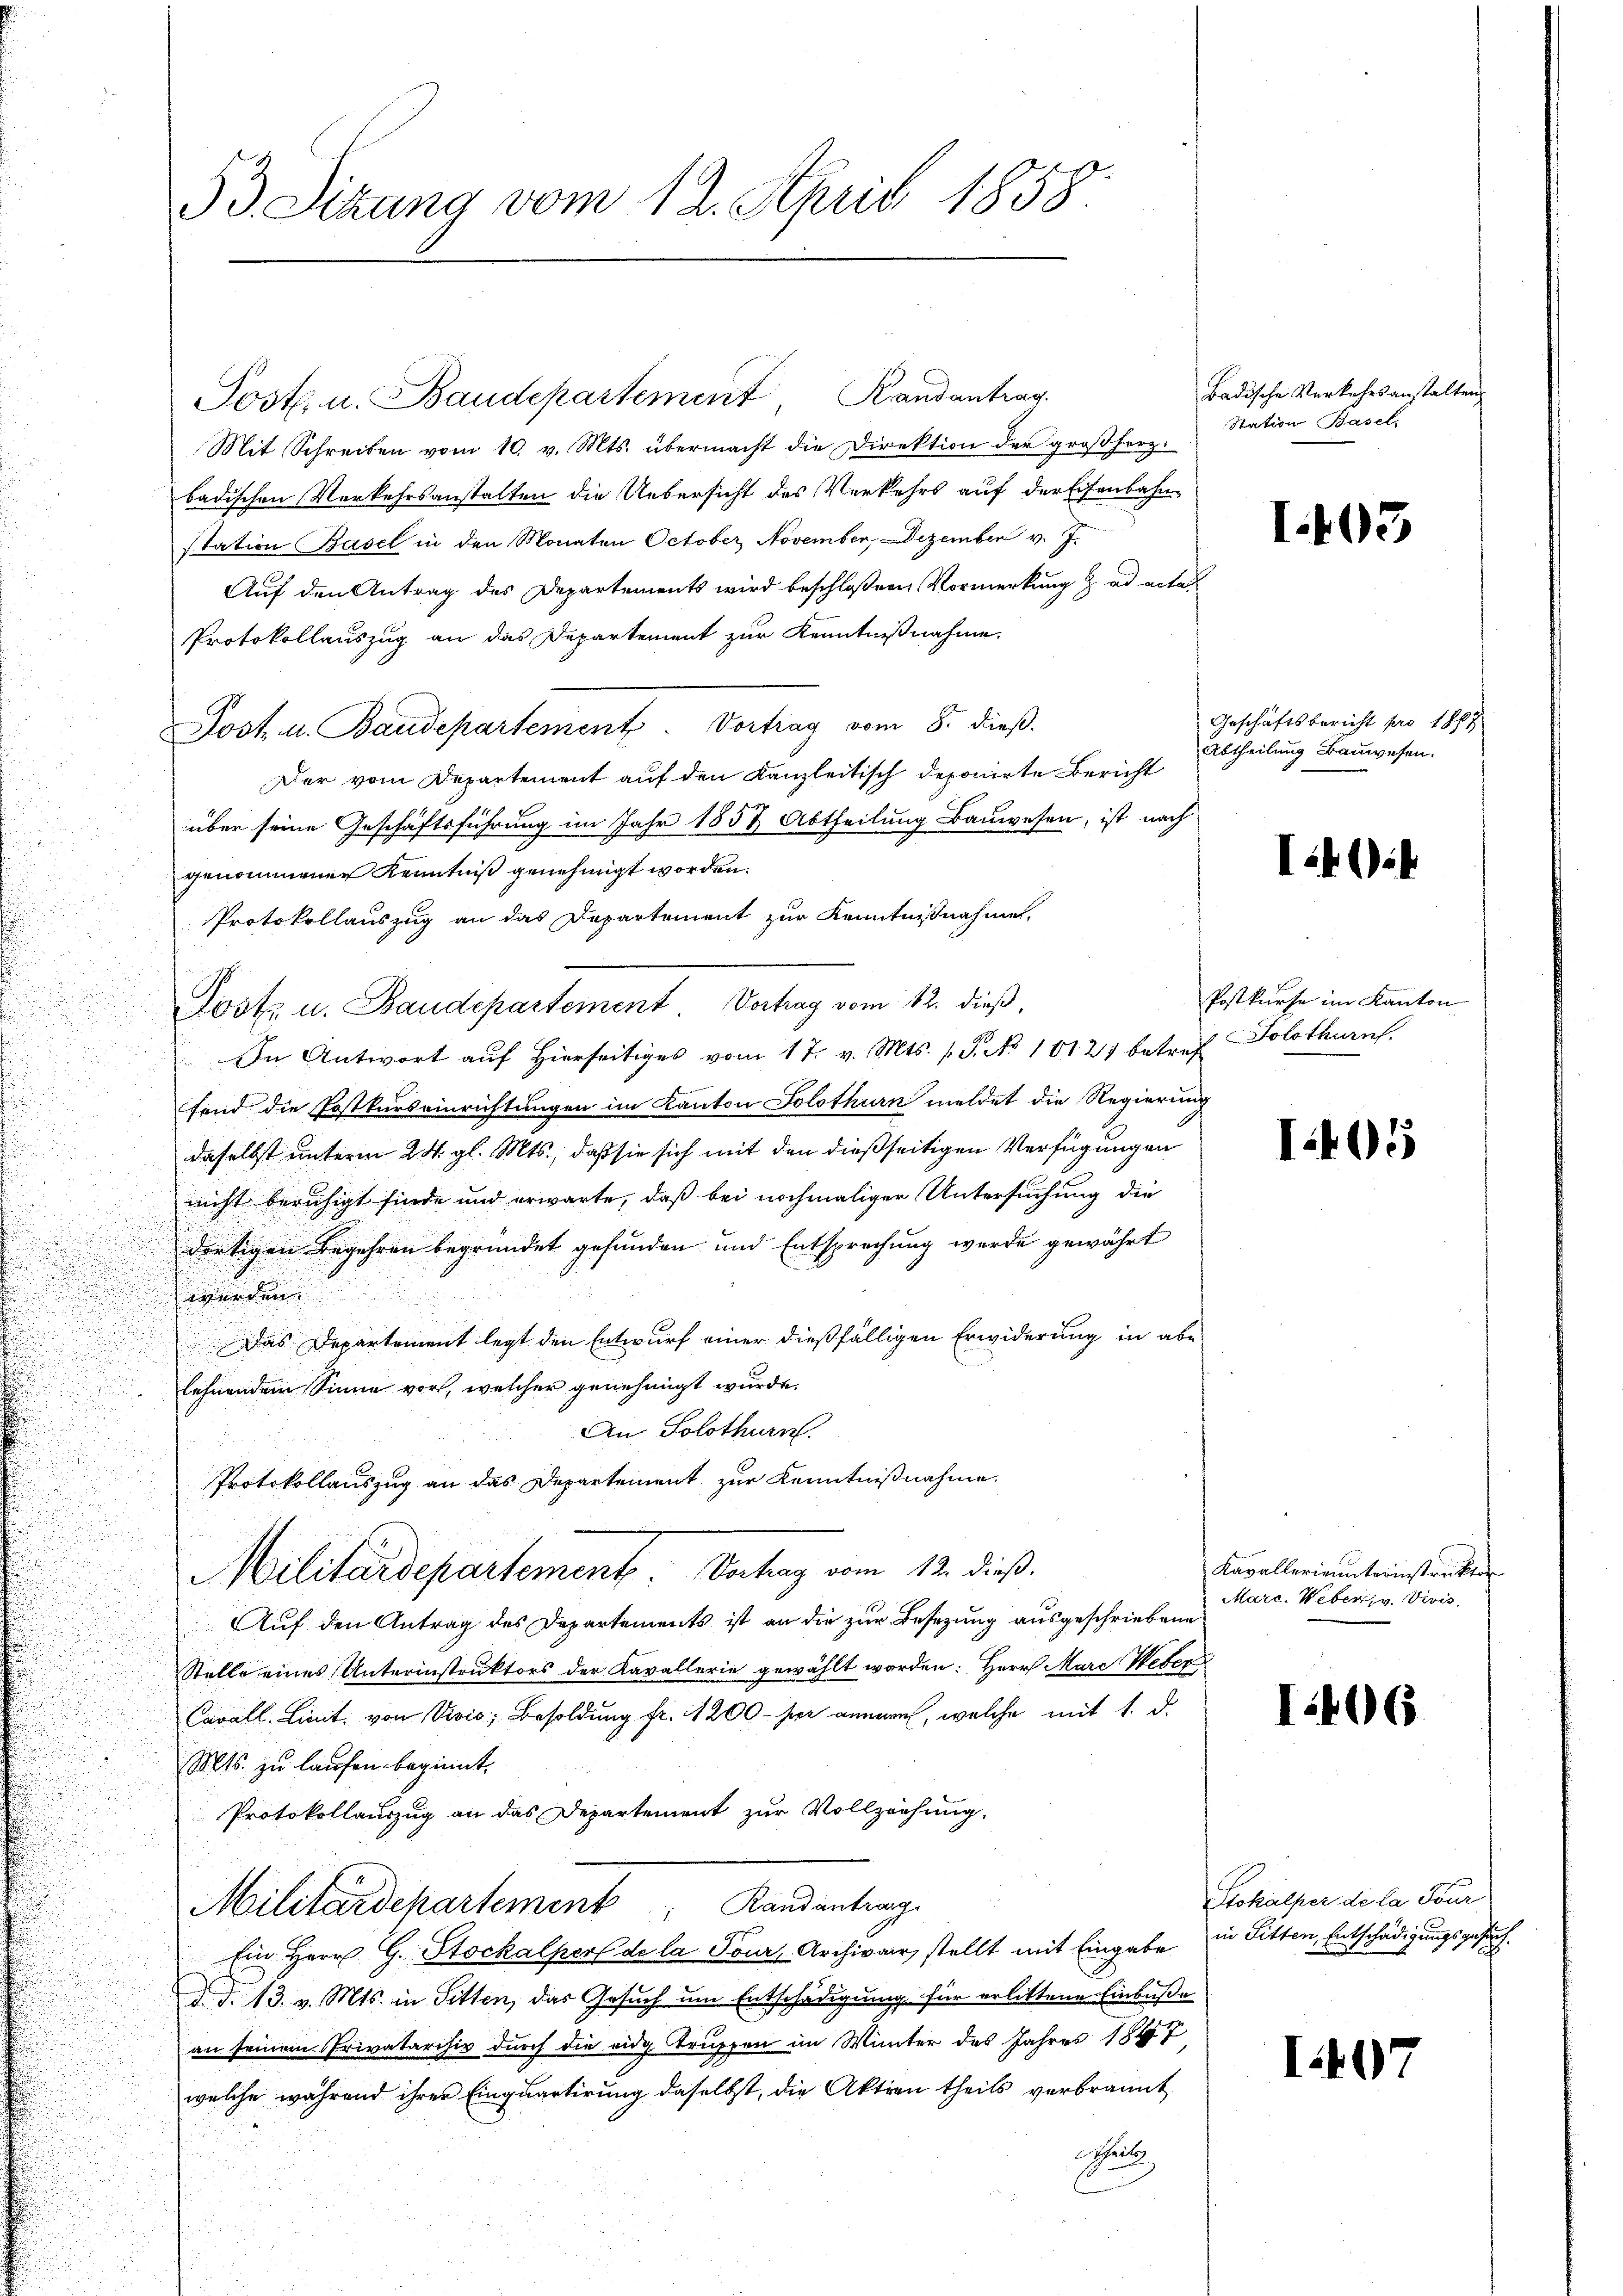
Post. u. Baudepartement, Randantrag
Mit Schreiben vom 10. v. Mts. übermacht die Direktion der großherzbadischen Verkehrsanstalten die Uebersicht des Verkehrs auf der Eisenbahnstation Basel in den Monaten October November, Dezember v. J.
Auf den Antrag des Departements wird beschloßen Vormerkung z. ad acta
Protokollauszug an das Departement zur Kenntnißnahme.
Post u. Baudepartement. Vortrag vom 8. dieß.
Der vom Departement auf den Kanzleitisch deponirte Bericht
über seine Geschäftsführung im Jahr 1852 Abtheilung Bauwesen, ist nach
genommener Kenntniß genehmigt worden.
Protokollauszug an das Departement zur Kenntnißnahme,
Post u. Baudepartement. Vortrag vom 12. dieß,
In Antwort auf Hierseitiges vom 17. v. Mts. s. S. No 10127 betref Solothurn.
2
fend die Postkurseinrichtungen im Kanton Solothurn meldet die Regierung
.
daselbst unterm 24. gl. Mts., daß sie sich mit den dießseitigen Verfügungen
nicht beruhigt finde und erwarte, daß bei nochmaliger Untersuchung die
dortigen Begehren begründet gefunden und Entsprechung wurde gewährt
 innerung
Das Departement legt den Entwurf einer dießfälligen Erwiderung in abe
d
lehnendem Sinne vor, welcher genehmigt wurde.
An Solothurn.
Protokollauszug an das Departement zur Kenntnißnahme.
Militärdepartement vom 12. die
Auf den Antrag des Departements ist an die zur Besetzung ausgeschriebene
Stelle eines Unterinstruktors der Kavallerie gewählt worden: Herr Mara Weber
Cavall. Lieut. von Vivio Besoldung fr. 1200 - hier annen, welche mit 1. d.
Mts. zu laufen beginnt,
Protokollauszug an das Departement zur Vollziehung.
Militärdepartement Randantrag
Ein Herr G. Stockalpers de la Tour, Archivar, stellt mit Eingabe in Sitten, Entschädigungsgesuch
d. d. 13. v. Mts. in Sitten, das Gesuch um Entschädigung für erlittene Einbuße
an seinem Privatarchiv durch die eidg. Truppen im Winter des Jahres 1847
welche während ihrer Einquartirung daselbst, die Aktion theils verbrannt
Schreib

53. Sizung vom 12. April 1858.

Badische Verkehrsanstalten
Station Basel,

I.103

Geschäftsbericht pro 1865
Abtheilung Bauwesen.

I i

Postkurse im Kanton

I401

Kavallerie unterinstrukto
Marc. Weber v. Vivis

I.406

Stokalper de la Four
I07